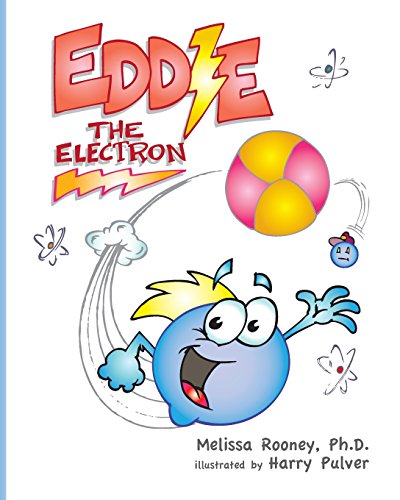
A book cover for Eddie the Electron; Melissa Rooney; Children's Books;